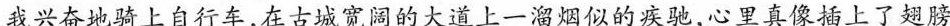
我兴奋地骑上自行车，在古城宽阔的大道上一溜烟似的疾驰，心里真像插上了翅膀